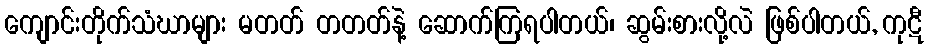
ကျောင်းတိုက်သံဃာများ မတတ် တတတ်နဲ့ ဆောက်ကြရပါတယ်၊ ဆွမ်းစားလို့လဲ ဖြစ်ပါတယ်, ကုဋီ